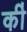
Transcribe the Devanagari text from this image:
की॑